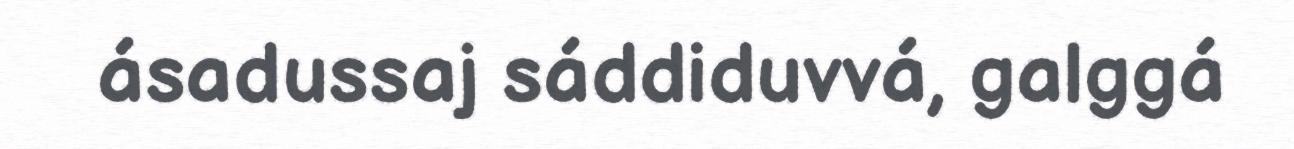
ásadussaj sáddiduvvá, galggá